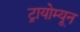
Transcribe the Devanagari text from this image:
ट्रायोम्यून